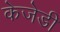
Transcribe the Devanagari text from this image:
केजेडी